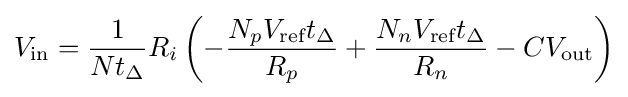
V_{\text{in}}={\frac {1}{Nt_{\Delta }}}R_{i}\left(-{\dfrac {N_{p}V_{\text{ref}}t_{\Delta }}{R_{p}}}+{\dfrac {N_{n}V_{\text{ref}}t_{\Delta }}{R_{n}}}-CV_{\text{out}}\right)